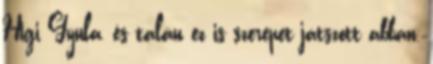
Higi Gyula, és talán ez is szerepet játszott abban,